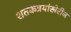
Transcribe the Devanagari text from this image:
शतकत्रयांखेरीज